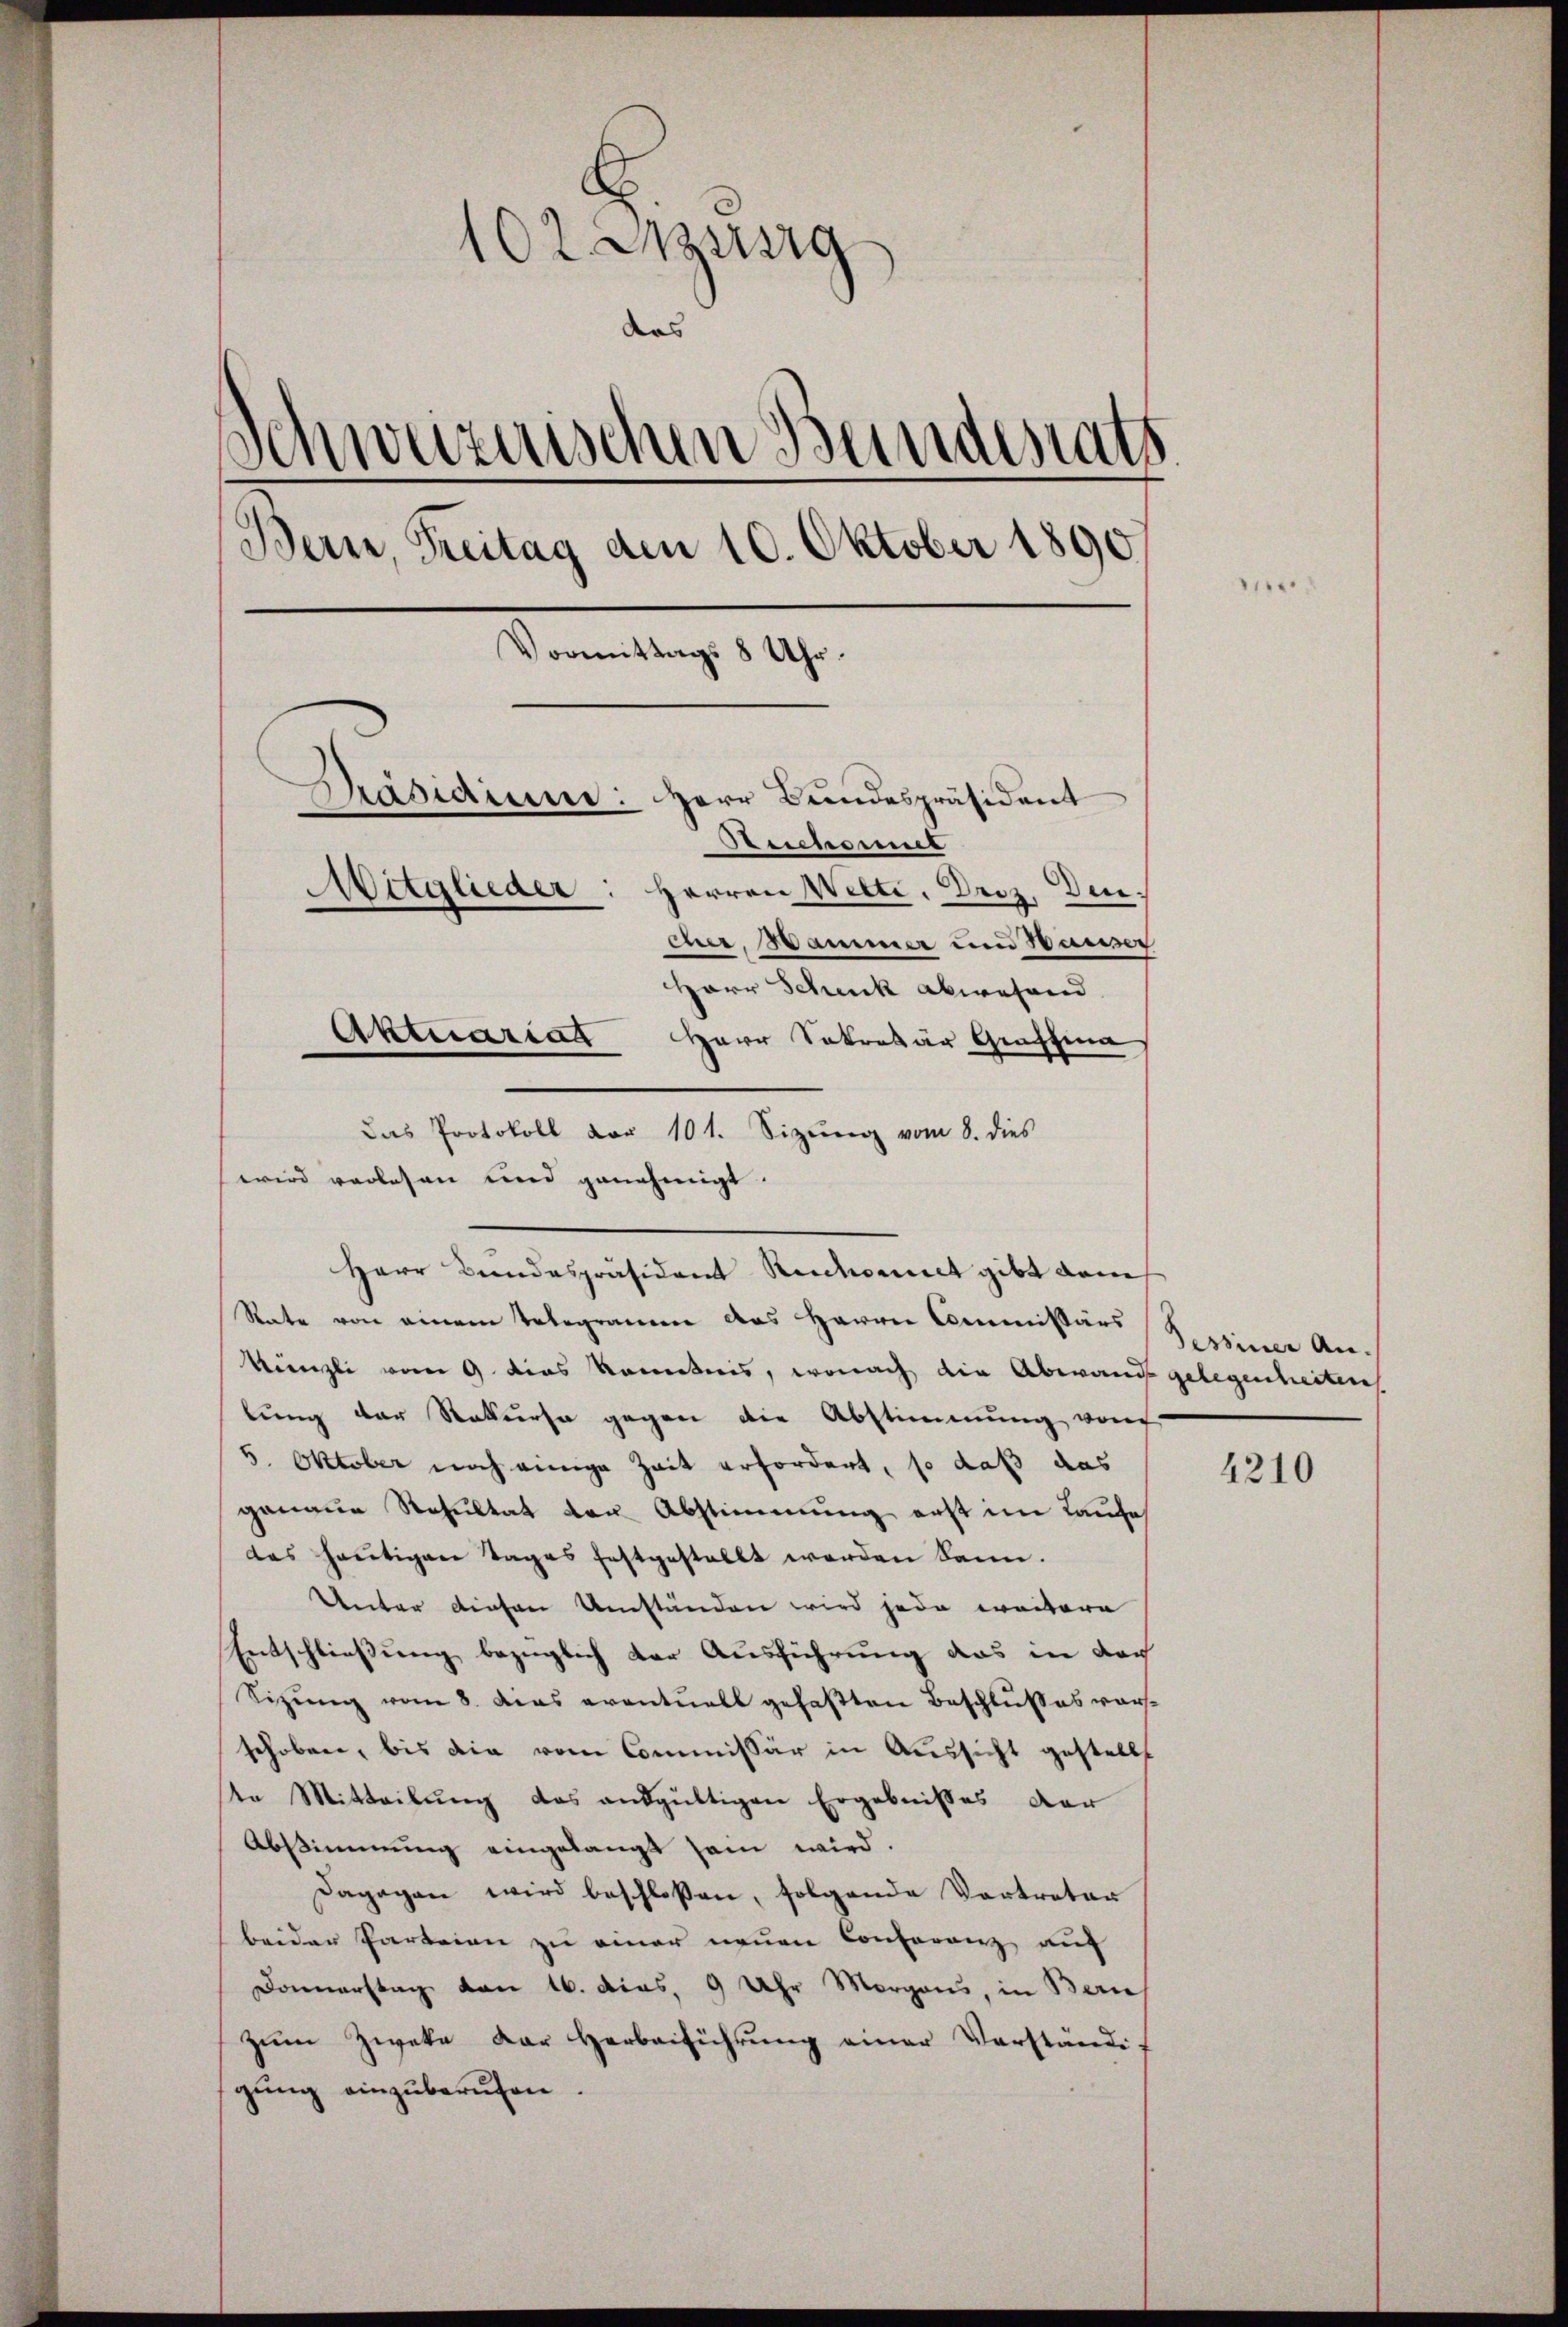
102. Sieg
das
Schweizerischen Bundesrats
Bern, Freitag den 10. Oktober 1890
Vormittags 8 Uhr.
Präsidiume: Herr Bundespräsident
Reichsmut
Witglieder
Herren Witti. Diez, den
n
cher, Hammer und Hauser
Herr Schuck abwesend.

Herr Sekretär Graffma
wird vorlesen und genehmigt.
Herr Bundespräsident Redamit gibt dem
Rate von einem Telegramm des Herrn Commissärs
Künzli vom 9. dies kanntnis, wonach die Abwande gelegenheiten
lung der Rekurse gegen die Abstimmung von
5. Oktober noch einige Zeit erfordert, so daß das
genaue Resultat von Abstimmung erst im Laufe
das heutigen Tages festgestellt werden kann.
Unter diesen Umständen wird jede weitere
Entschließung bezüglich der Ausführung das in der
Sitzung vom 8. Das eventuell gefaßten Beschlusses vorschoben, bis die vom Commissär in Aussicht gestellt
te Mitteilung des ausgültigen Ergebnisses der
Abstimmung eingelangt sein wird.
Dagegen wird beschloßen, folgende Vertreter
beider Parteien zu einer neuen Conferenz auf
Donnerstag von 16. dies. 9 Uhr Morgens, in Bern
zŭm Zwecke der Herbeiführŭng einer Verständigung einzuberufen.

Das Protokoll vor 101. Sizŭng vom 8. dies

Aktuariat

.

Sessiner An-

4210